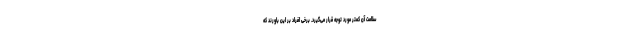
سلامت آن کمتر مورد توجه قرار می‌گیرد. برخی افراد بر این باورند که